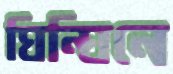
ঘিন্‌ঘিনে